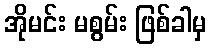
အိုမင်း မစွမ်း ဖြစ်ခါမှ